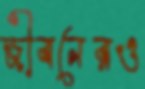
জীবনেরও